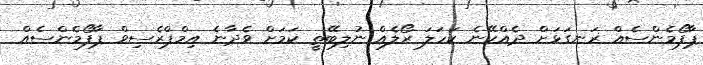
ޕާފޯމެންސެއް ރަނގަޅަށް ދެއްކޭނެ ކަހަލަ ރޯލެއް ނުލިބޭތީ ކަމަށް ވެދާނެ އިމްޕްރެސިވް ޕާފޯމެންސެއް